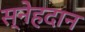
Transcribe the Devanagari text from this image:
स्नेहदान